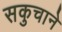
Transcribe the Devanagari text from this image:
सकुचाने